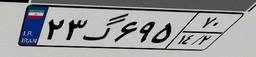
۷۴گ۲۱۲۷۵